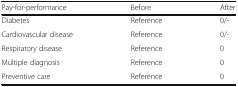
<table><thead><tr><td><b>Pay-for-performance</b></td><td><b>Before</b></td><td><b>After</b></td></tr></thead><tbody><tr><td>Diabetes</td><td>Reference</td><td>0/-</td></tr><tr><td>Cardiovascular disease</td><td>Reference</td><td>0/-</td></tr><tr><td>Respiratory disease</td><td>Reference</td><td>0</td></tr><tr><td>Multiple diagnosis</td><td>Reference</td><td>0</td></tr><tr><td>Preventive care</td><td>Reference</td><td>0</td></tr></tbody></table>